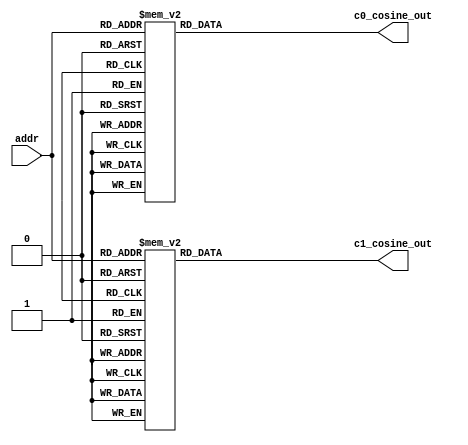
//------------------------------------------------------------------------------
// lookup table for cosine unit
// this will have c0,c1 stored and used for cosine coefficients lookup
// cosine_unit_lut.v
//
//------------------------------------------------------------------------------

module cosine_unit_lut(
  input [6:0] addr,
  output [11:0] c1_cosine_out,
  output [19:0] c0_cosine_out
);

reg [11:0] c1_cosine;
reg [19:0] c0_cosine;

assign c0_cosine_out = c0_cosine;
assign c1_cosine_out = c1_cosine;

always @(addr) begin
  case(addr)
7'b0000000 : c1_cosine = 12'b101111111111;
7'b0000001 : c1_cosine = 12'b110000000011;
7'b0000010 : c1_cosine = 12'b110000000110;
7'b0000011 : c1_cosine = 12'b110000001010;
7'b0000100 : c1_cosine = 12'b110000001101;
7'b0000101 : c1_cosine = 12'b110000010000;
7'b0000110 : c1_cosine = 12'b110000010011;
7'b0000111 : c1_cosine = 12'b110000010110;
7'b0001000 : c1_cosine = 12'b110000011001;
7'b0001001 : c1_cosine = 12'b110000011100;
7'b0001010 : c1_cosine = 12'b110000011111;
7'b0001011 : c1_cosine = 12'b110000100010;
7'b0001100 : c1_cosine = 12'b110000100101;
7'b0001101 : c1_cosine = 12'b110000101000;
7'b0001110 : c1_cosine = 12'b110000101011;
7'b0001111 : c1_cosine = 12'b110000101101;
7'b0010000 : c1_cosine = 12'b110000110000;
7'b0010001 : c1_cosine = 12'b110000110011;
7'b0010010 : c1_cosine = 12'b110000110101;
7'b0010011 : c1_cosine = 12'b110000111000;
7'b0010100 : c1_cosine = 12'b110000111010;
7'b0010101 : c1_cosine = 12'b110000111101;
7'b0010110 : c1_cosine = 12'b110000111111;
7'b0010111 : c1_cosine = 12'b110001000001;
7'b0011000 : c1_cosine = 12'b110001000100;
7'b0011001 : c1_cosine = 12'b110001000110;
7'b0011010 : c1_cosine = 12'b110001001000;
7'b0011011 : c1_cosine = 12'b110001001010;
7'b0011100 : c1_cosine = 12'b110001001100;
7'b0011101 : c1_cosine = 12'b110001001110;
7'b0011110 : c1_cosine = 12'b110001010000;
7'b0011111 : c1_cosine = 12'b110001010010;
7'b0100000 : c1_cosine = 12'b110001010100;
7'b0100001 : c1_cosine = 12'b110001010110;
7'b0100010 : c1_cosine = 12'b110001010111;
7'b0100011 : c1_cosine = 12'b110001011001;
7'b0100100 : c1_cosine = 12'b110001011011;
7'b0100101 : c1_cosine = 12'b110001011100;
7'b0100110 : c1_cosine = 12'b110001011110;
7'b0100111 : c1_cosine = 12'b110001011111;
7'b0101000 : c1_cosine = 12'b110001100000;
7'b0101001 : c1_cosine = 12'b110001100010;
7'b0101010 : c1_cosine = 12'b110001100011;
7'b0101011 : c1_cosine = 12'b110001100100;
7'b0101100 : c1_cosine = 12'b110001100101;
7'b0101101 : c1_cosine = 12'b110001100111;
7'b0101110 : c1_cosine = 12'b110001101000;
7'b0101111 : c1_cosine = 12'b110001101001;
7'b0110000 : c1_cosine = 12'b110001101001;
7'b0110001 : c1_cosine = 12'b110001101010;
7'b0110010 : c1_cosine = 12'b110001101011;
7'b0110011 : c1_cosine = 12'b110001101100;
7'b0110100 : c1_cosine = 12'b110001101101;
7'b0110101 : c1_cosine = 12'b110001101101;
7'b0110110 : c1_cosine = 12'b110001101110;
7'b0110111 : c1_cosine = 12'b110001101111;
7'b0111000 : c1_cosine = 12'b110001101111;
7'b0111001 : c1_cosine = 12'b110001101111;
7'b0111010 : c1_cosine = 12'b110001110000;
7'b0111011 : c1_cosine = 12'b110001110000;
7'b0111100 : c1_cosine = 12'b110001110000;
7'b0111101 : c1_cosine = 12'b110001110001;
7'b0111110 : c1_cosine = 12'b110001110001;
7'b0111111 : c1_cosine = 12'b110001110001;
7'b1000000 : c1_cosine = 12'b110001110001;
7'b1000001 : c1_cosine = 12'b110001110001;
7'b1000010 : c1_cosine = 12'b110001110001;
7'b1000011 : c1_cosine = 12'b110001110001;
7'b1000100 : c1_cosine = 12'b110001110000;
7'b1000101 : c1_cosine = 12'b110001110000;
7'b1000110 : c1_cosine = 12'b110001110000;
7'b1000111 : c1_cosine = 12'b110001101111;
7'b1001000 : c1_cosine = 12'b110001101111;
7'b1001001 : c1_cosine = 12'b110001101111;
7'b1001010 : c1_cosine = 12'b110001101110;
7'b1001011 : c1_cosine = 12'b110001101101;
7'b1001100 : c1_cosine = 12'b110001101101;
7'b1001101 : c1_cosine = 12'b110001101100;
7'b1001110 : c1_cosine = 12'b110001101011;
7'b1001111 : c1_cosine = 12'b110001101010;
7'b1010000 : c1_cosine = 12'b110001101001;
7'b1010001 : c1_cosine = 12'b110001101001;
7'b1010010 : c1_cosine = 12'b110001101000;
7'b1010011 : c1_cosine = 12'b110001100111;
7'b1010100 : c1_cosine = 12'b110001100101;
7'b1010101 : c1_cosine = 12'b110001100100;
7'b1010110 : c1_cosine = 12'b110001100011;
7'b1010111 : c1_cosine = 12'b110001100010;
7'b1011000 : c1_cosine = 12'b110001100000;
7'b1011001 : c1_cosine = 12'b110001011111;
7'b1011010 : c1_cosine = 12'b110001011110;
7'b1011011 : c1_cosine = 12'b110001011100;
7'b1011100 : c1_cosine = 12'b110001011011;
7'b1011101 : c1_cosine = 12'b110001011001;
7'b1011110 : c1_cosine = 12'b110001010111;
7'b1011111 : c1_cosine = 12'b110001010110;
7'b1100000 : c1_cosine = 12'b110001010100;
7'b1100001 : c1_cosine = 12'b110001010010;
7'b1100010 : c1_cosine = 12'b110001010000;
7'b1100011 : c1_cosine = 12'b110001001110;
7'b1100100 : c1_cosine = 12'b110001001100;
7'b1100101 : c1_cosine = 12'b110001001010;
7'b1100110 : c1_cosine = 12'b110001001000;
7'b1100111 : c1_cosine = 12'b110001000110;
7'b1101000 : c1_cosine = 12'b110001000100;
7'b1101001 : c1_cosine = 12'b110001000001;
7'b1101010 : c1_cosine = 12'b110000111111;
7'b1101011 : c1_cosine = 12'b110000111101;
7'b1101100 : c1_cosine = 12'b110000111010;
7'b1101101 : c1_cosine = 12'b110000111000;
7'b1101110 : c1_cosine = 12'b110000110101;
7'b1101111 : c1_cosine = 12'b110000110011;
7'b1110000 : c1_cosine = 12'b110000110000;
7'b1110001 : c1_cosine = 12'b110000101101;
7'b1110010 : c1_cosine = 12'b110000101011;
7'b1110011 : c1_cosine = 12'b110000101000;
7'b1110100 : c1_cosine = 12'b110000100101;
7'b1110101 : c1_cosine = 12'b110000100010;
7'b1110110 : c1_cosine = 12'b110000011111;
7'b1110111 : c1_cosine = 12'b110000011100;
7'b1111000 : c1_cosine = 12'b110000011001;
7'b1111001 : c1_cosine = 12'b110000010110;
7'b1111010 : c1_cosine = 12'b110000010011;
7'b1111011 : c1_cosine = 12'b110000010000;
7'b1111100 : c1_cosine = 12'b110000001101;
7'b1111101 : c1_cosine = 12'b110000001010;
7'b1111110 : c1_cosine = 12'b110000000110;
7'b1111111 : c1_cosine = 12'b110000000011;
endcase
end
always @(addr) begin
  case(addr)
7'b0000000 : c0_cosine = 20'b01000000000000000000;
7'b0000001 : c0_cosine = 20'b01000000011111111100;
7'b0000010 : c0_cosine = 20'b01000000111111000101;
7'b0000011 : c0_cosine = 20'b01000001011110001101;
7'b0000100 : c0_cosine = 20'b01000001111100111011;
7'b0000101 : c0_cosine = 20'b01000010011010110101;
7'b0000110 : c0_cosine = 20'b01000010111000101110;
7'b0000111 : c0_cosine = 20'b01000011010101110011;
7'b0001000 : c0_cosine = 20'b01000011110010111001;
7'b0001001 : c0_cosine = 20'b01000100001111001001;
7'b0001010 : c0_cosine = 20'b01000100101011000000;
7'b0001011 : c0_cosine = 20'b01000101000110110111;
7'b0001100 : c0_cosine = 20'b01000101100001111001;
7'b0001101 : c0_cosine = 20'b01000101111100100001;
7'b0001110 : c0_cosine = 20'b01000110010110101110;
7'b0001111 : c0_cosine = 20'b01000110110000100010;
7'b0010000 : c0_cosine = 20'b01000111001001100001;
7'b0010001 : c0_cosine = 20'b01000111100010100000;
7'b0010010 : c0_cosine = 20'b01000111111010101011;
7'b0010011 : c0_cosine = 20'b01001000010010110101;
7'b0010100 : c0_cosine = 20'b01001000101010001100;
7'b0010101 : c0_cosine = 20'b01001001000001001000;
7'b0010110 : c0_cosine = 20'b01001001010111001111;
7'b0010111 : c0_cosine = 20'b01001001101101010111;
7'b0011000 : c0_cosine = 20'b01001010000010101010;
7'b0011001 : c0_cosine = 20'b01001010010111100011;
7'b0011010 : c0_cosine = 20'b01001010101100000010;
7'b0011011 : c0_cosine = 20'b01001011000000000110;
7'b0011100 : c0_cosine = 20'b01001011010011110000;
7'b0011101 : c0_cosine = 20'b01001011100110100110;
7'b0011110 : c0_cosine = 20'b01001011111001000010;
7'b0011111 : c0_cosine = 20'b01001100001011000011;
7'b0100000 : c0_cosine = 20'b01001100011100101011;
7'b0100001 : c0_cosine = 20'b01001100101101011101;
7'b0100010 : c0_cosine = 20'b01001100111101110110;
7'b0100011 : c0_cosine = 20'b01001101001101110100;
7'b0100100 : c0_cosine = 20'b01001101011101011000;
7'b0100101 : c0_cosine = 20'b01001101101100001000;
7'b0100110 : c0_cosine = 20'b01001101111010011110;
7'b0100111 : c0_cosine = 20'b01001110001000011001;
7'b0101000 : c0_cosine = 20'b01001110010101100000;
7'b0101001 : c0_cosine = 20'b01001110100010001100;
7'b0101010 : c0_cosine = 20'b01001110101110011111;
7'b0101011 : c0_cosine = 20'b01001110111010010111;
7'b0101100 : c0_cosine = 20'b01001111000101011011;
7'b0101101 : c0_cosine = 20'b01001111010000000100;
7'b0101110 : c0_cosine = 20'b01001111011010010100;
7'b0101111 : c0_cosine = 20'b01001111100011101111;
7'b0110000 : c0_cosine = 20'b01001111101100101111;
7'b0110001 : c0_cosine = 20'b01001111110101010110;
7'b0110010 : c0_cosine = 20'b01001111111101001000;
7'b0110011 : c0_cosine = 20'b01010000000100100000;
7'b0110100 : c0_cosine = 20'b01010000001011011110;
7'b0110101 : c0_cosine = 20'b01010000010001100111;
7'b0110110 : c0_cosine = 20'b01010000010111010110;
7'b0110111 : c0_cosine = 20'b01010000011100101011;
7'b0111000 : c0_cosine = 20'b01010000100001001011;
7'b0111001 : c0_cosine = 20'b01010000100101101011;
7'b0111010 : c0_cosine = 20'b01010000101000111101;
7'b0111011 : c0_cosine = 20'b01010000101100001111;
7'b0111100 : c0_cosine = 20'b01010000101110101100;
7'b0111101 : c0_cosine = 20'b01010000110000010101;
7'b0111110 : c0_cosine = 20'b01010000110001111110;
7'b0111111 : c0_cosine = 20'b01010000110010110010;
7'b1000000 : c0_cosine = 20'b01010000110010110010;
7'b1000001 : c0_cosine = 20'b01010000110010110010;
7'b1000010 : c0_cosine = 20'b01010000110001111110;
7'b1000011 : c0_cosine = 20'b01010000110000010101;
7'b1000100 : c0_cosine = 20'b01010000101110101100;
7'b1000101 : c0_cosine = 20'b01010000101100001111;
7'b1000110 : c0_cosine = 20'b01010000101000111101;
7'b1000111 : c0_cosine = 20'b01010000100101010001;
7'b1001000 : c0_cosine = 20'b01010000100001001011;
7'b1001001 : c0_cosine = 20'b01010000011100101011;
7'b1001010 : c0_cosine = 20'b01010000010111010110;
7'b1001011 : c0_cosine = 20'b01010000010001100111;
7'b1001100 : c0_cosine = 20'b01010000001011011110;
7'b1001101 : c0_cosine = 20'b01010000000100100000;
7'b1001110 : c0_cosine = 20'b01001111111101001000;
7'b1001111 : c0_cosine = 20'b01001111110101010110;
7'b1010000 : c0_cosine = 20'b01001111101100101111;
7'b1010001 : c0_cosine = 20'b01001111100011101111;
7'b1010010 : c0_cosine = 20'b01001111011001111010;
7'b1010011 : c0_cosine = 20'b01001111010000000100;
7'b1010100 : c0_cosine = 20'b01001111000101011011;
7'b1010101 : c0_cosine = 20'b01001110111010010111;
7'b1010110 : c0_cosine = 20'b01001110101110011111;
7'b1010111 : c0_cosine = 20'b01001110100010001100;
7'b1011000 : c0_cosine = 20'b01001110010101100000;
7'b1011001 : c0_cosine = 20'b01001110000111111111;
7'b1011010 : c0_cosine = 20'b01001101111010011110;
7'b1011011 : c0_cosine = 20'b01001101101100001000;
7'b1011100 : c0_cosine = 20'b01001101011100111110;
7'b1011101 : c0_cosine = 20'b01001101001101110100;
7'b1011110 : c0_cosine = 20'b01001100111101110110;
7'b1011111 : c0_cosine = 20'b01001100101101011101;
7'b1100000 : c0_cosine = 20'b01001100011100010000;
7'b1100001 : c0_cosine = 20'b01001100001011000011;
7'b1100010 : c0_cosine = 20'b01001011111001000010;
7'b1100011 : c0_cosine = 20'b01001011100110100110;
7'b1100100 : c0_cosine = 20'b01001011010011010110;
7'b1100101 : c0_cosine = 20'b01001011000000000110;
7'b1100110 : c0_cosine = 20'b01001010101100000010;
7'b1100111 : c0_cosine = 20'b01001010010111100011;
7'b1101000 : c0_cosine = 20'b01001010000010101010;
7'b1101001 : c0_cosine = 20'b01001001101100111101;
7'b1101010 : c0_cosine = 20'b01001001010111001111;
7'b1101011 : c0_cosine = 20'b01001001000000101101;
7'b1101100 : c0_cosine = 20'b01001000101001110001;
7'b1101101 : c0_cosine = 20'b01001000010010011011;
7'b1101110 : c0_cosine = 20'b01000111111010101011;
7'b1101111 : c0_cosine = 20'b01000111100010000110;
7'b1110000 : c0_cosine = 20'b01000111001001100001;
7'b1110001 : c0_cosine = 20'b01000110110000001000;
7'b1110010 : c0_cosine = 20'b01000110010110010100;
7'b1110011 : c0_cosine = 20'b01000101111100000110;
7'b1110100 : c0_cosine = 20'b01000101100001011111;
7'b1110101 : c0_cosine = 20'b01000101000110011100;
7'b1110110 : c0_cosine = 20'b01000100101011000000;
7'b1110111 : c0_cosine = 20'b01000100001111001001;
7'b1111000 : c0_cosine = 20'b01000011110010011110;
7'b1111001 : c0_cosine = 20'b01000011010101110011;
7'b1111010 : c0_cosine = 20'b01000010111000010100;
7'b1111011 : c0_cosine = 20'b01000010011010110101;
7'b1111100 : c0_cosine = 20'b01000001111100100001;
7'b1111101 : c0_cosine = 20'b01000001011101110011;
7'b1111110 : c0_cosine = 20'b01000000111111000101;
7'b1111111 : c0_cosine = 20'b01000000011111100010;
endcase
end
endmodule